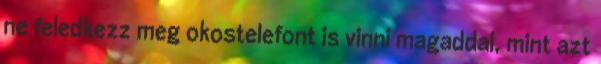
ne feledkezz meg okostelefont is vinni magaddal, mint azt